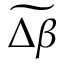
\widetilde { \Delta \beta }